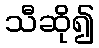
သီဆို၍